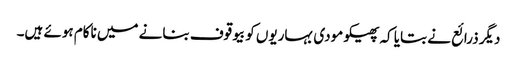
دیگر ذرائع نے بتایا کہ پھیکو مودی بہاریوں کو بیوقوف بنانے میں ناکام ہوئے ہیں۔